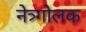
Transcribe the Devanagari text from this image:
नेत्र्गोलक